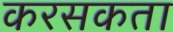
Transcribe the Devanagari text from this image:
करसकता